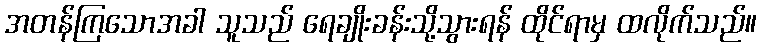
အတန်ကြသောအခါ သူသည် ရေချိုးခန်းသို့သွားရန် ထိုင်ရာမှ ထလိုက်သည်။